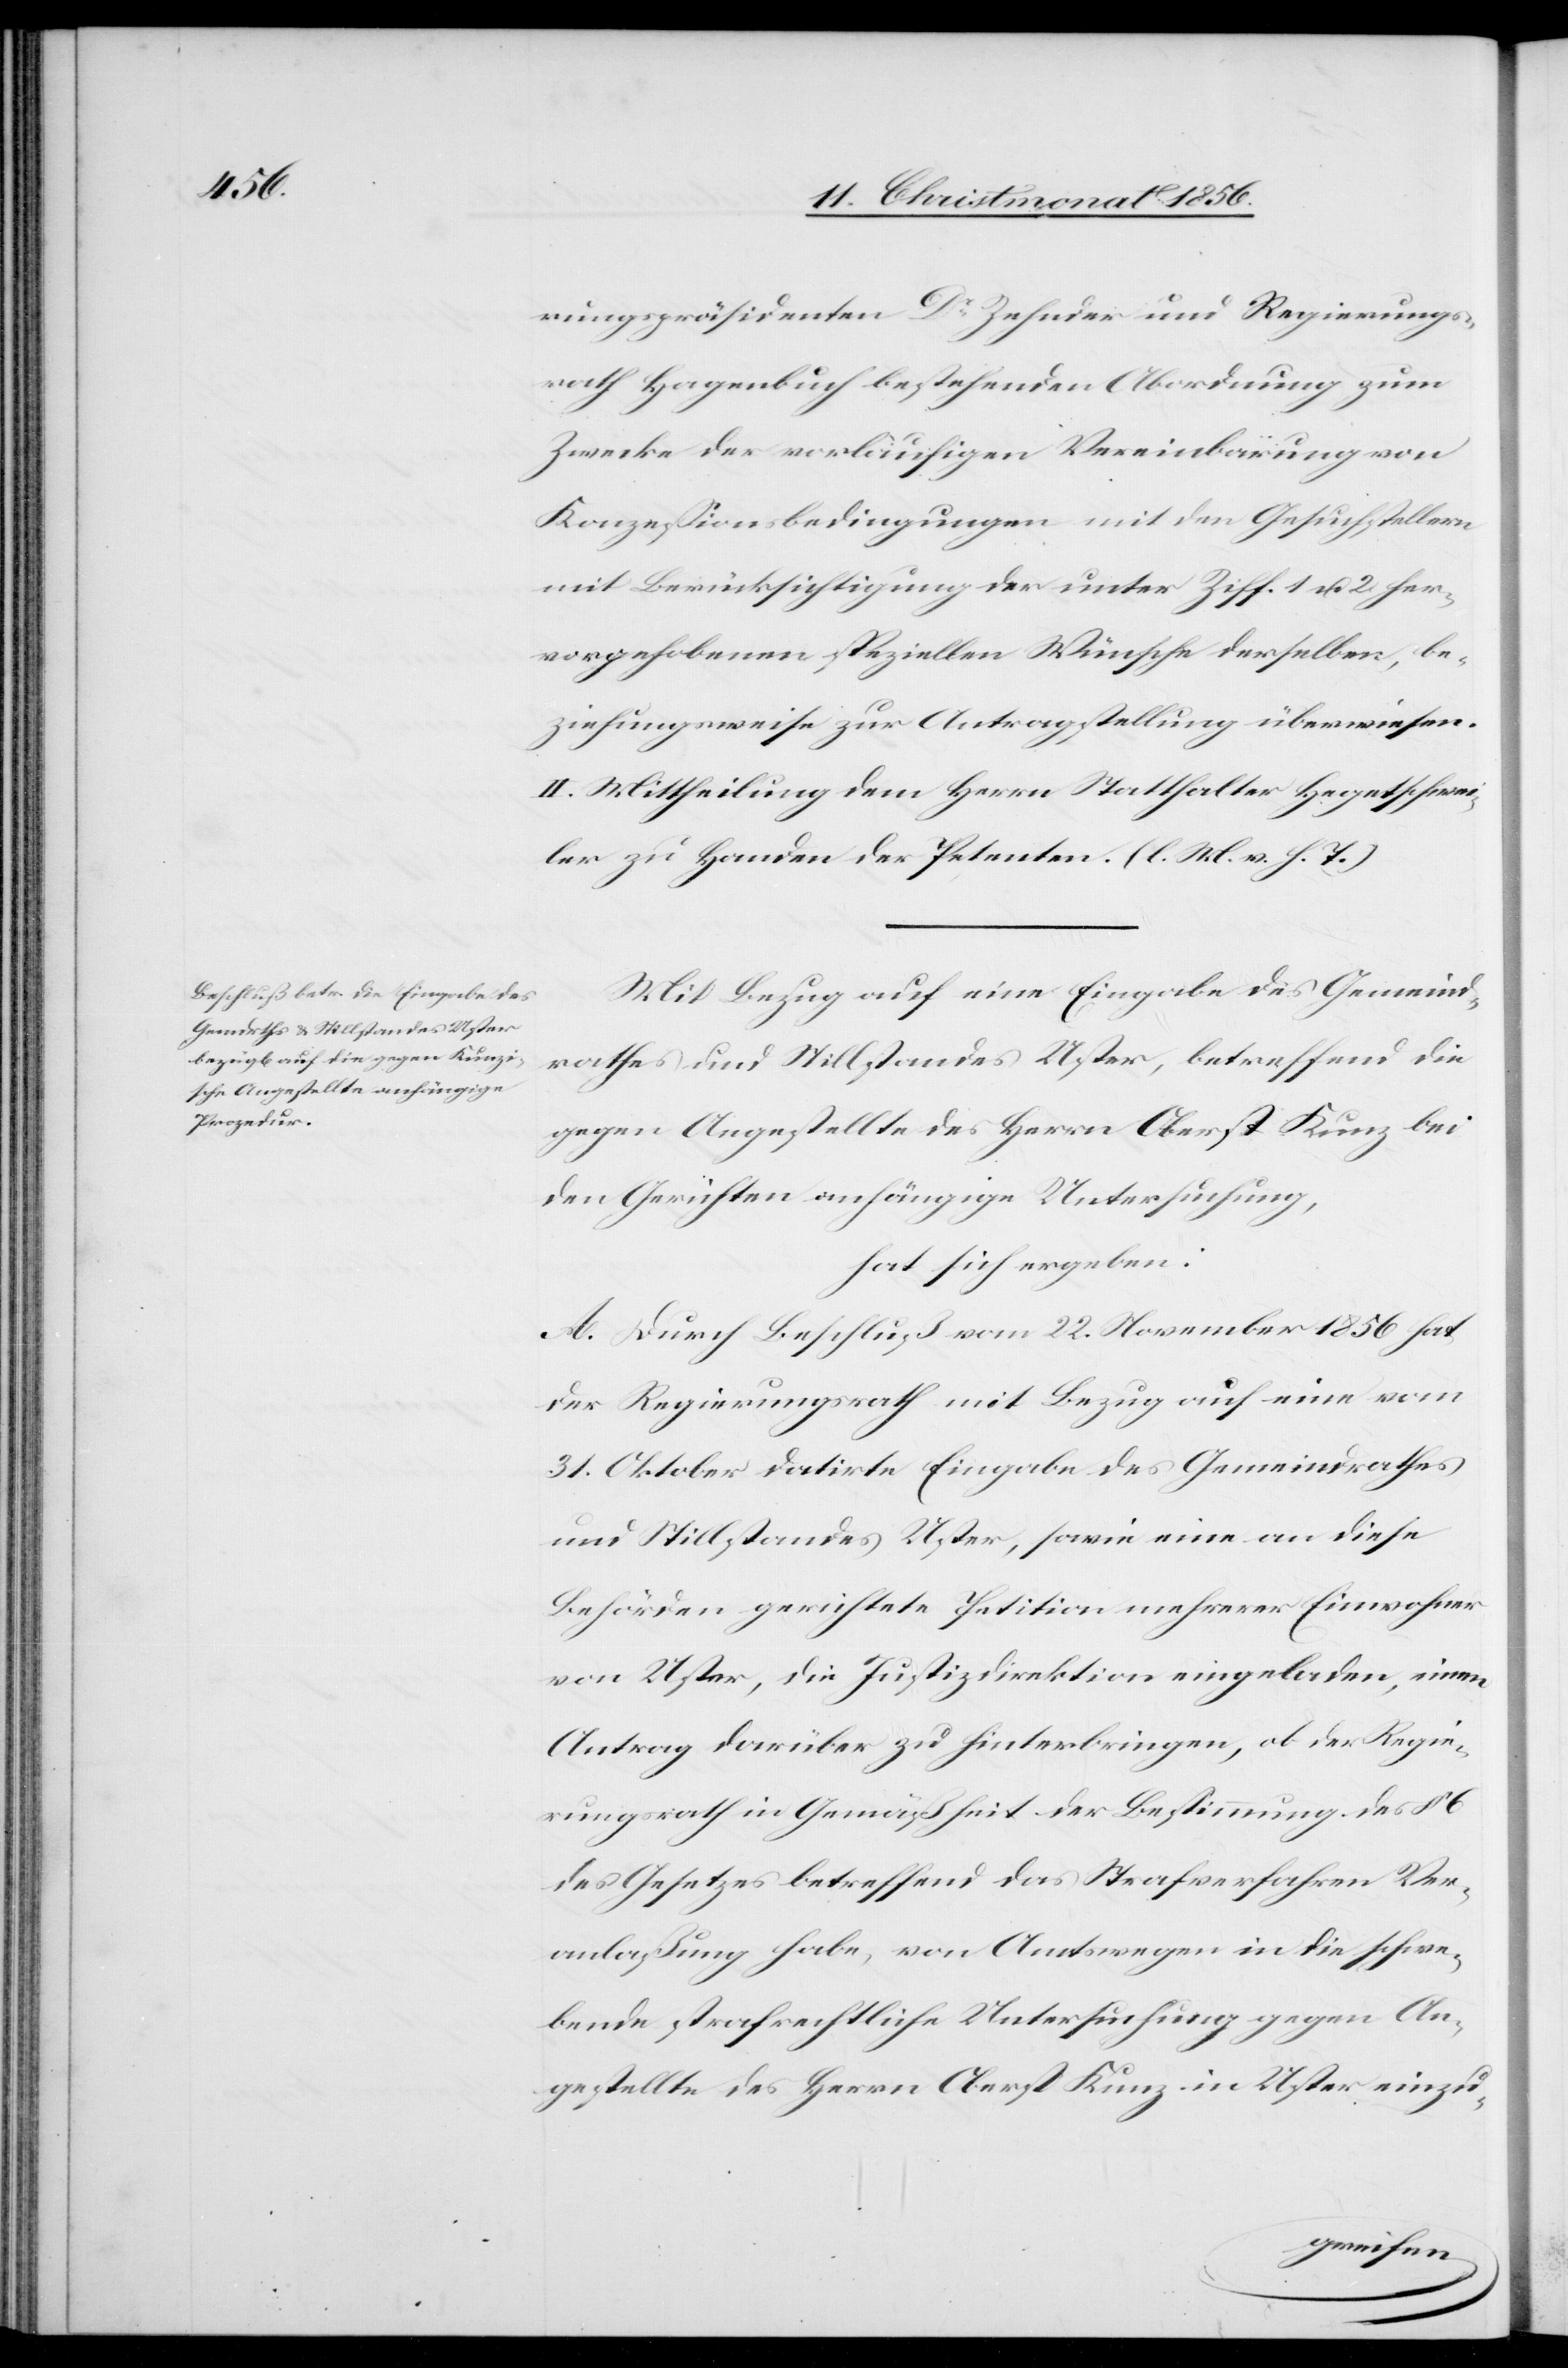
rungspräsidenten Dr Zehnder und Regierungs¬
rath Hagenbuch bestehenden Abordnung zum
Zwecke der vorläufigen Vereinbarung von
Konzessionsbedingungen mit den Gesuchstellern
mit Berücksichtigung der unter Ziff. 1 u. 2 her¬
vorgehobenen speziellen Wünsche derselben, be¬
ziehungsweise zur Antragstellung überwiesen.
II. Mittheilung dem Herrn Statthalter Hegetschwei¬
ler zu Handen der Petenten. (l. M. v. h. T.)
Mit Bezug auf eine Eingabe des Gemeind¬
rathes und Stillstandes Uster, betreffend die
gegen Angestellte des Herrn Oberst Kunz bei
den Gerichten anhängige Untersuchung,
hat sich ergeben:
A. Durch Beschluß vom 22. November 1856 hat
der Regierungsrath mit Bezug auf eine vom
31. Oktober datirte Eingabe des Gemeindrathes
und Stillstandes Uster, sowie eine an diese
Behörden gerichtete Petition mehrerer Einwohner
von Uster, die Justizdirektion eingeladen, einen
Antrag darüber zu hinterbringen, ob der Regie¬
rungsrath in Gemäßheit der Bestimmung des §
des Gesetzes betreffend das Strafverfahren Ver¬
anlaßung habe, von Amtswegen in die schwe¬
bende strafrechtliche Untersuchung gegen An¬
gestellte des Herrn Oberst Kunz in Uster einzu-